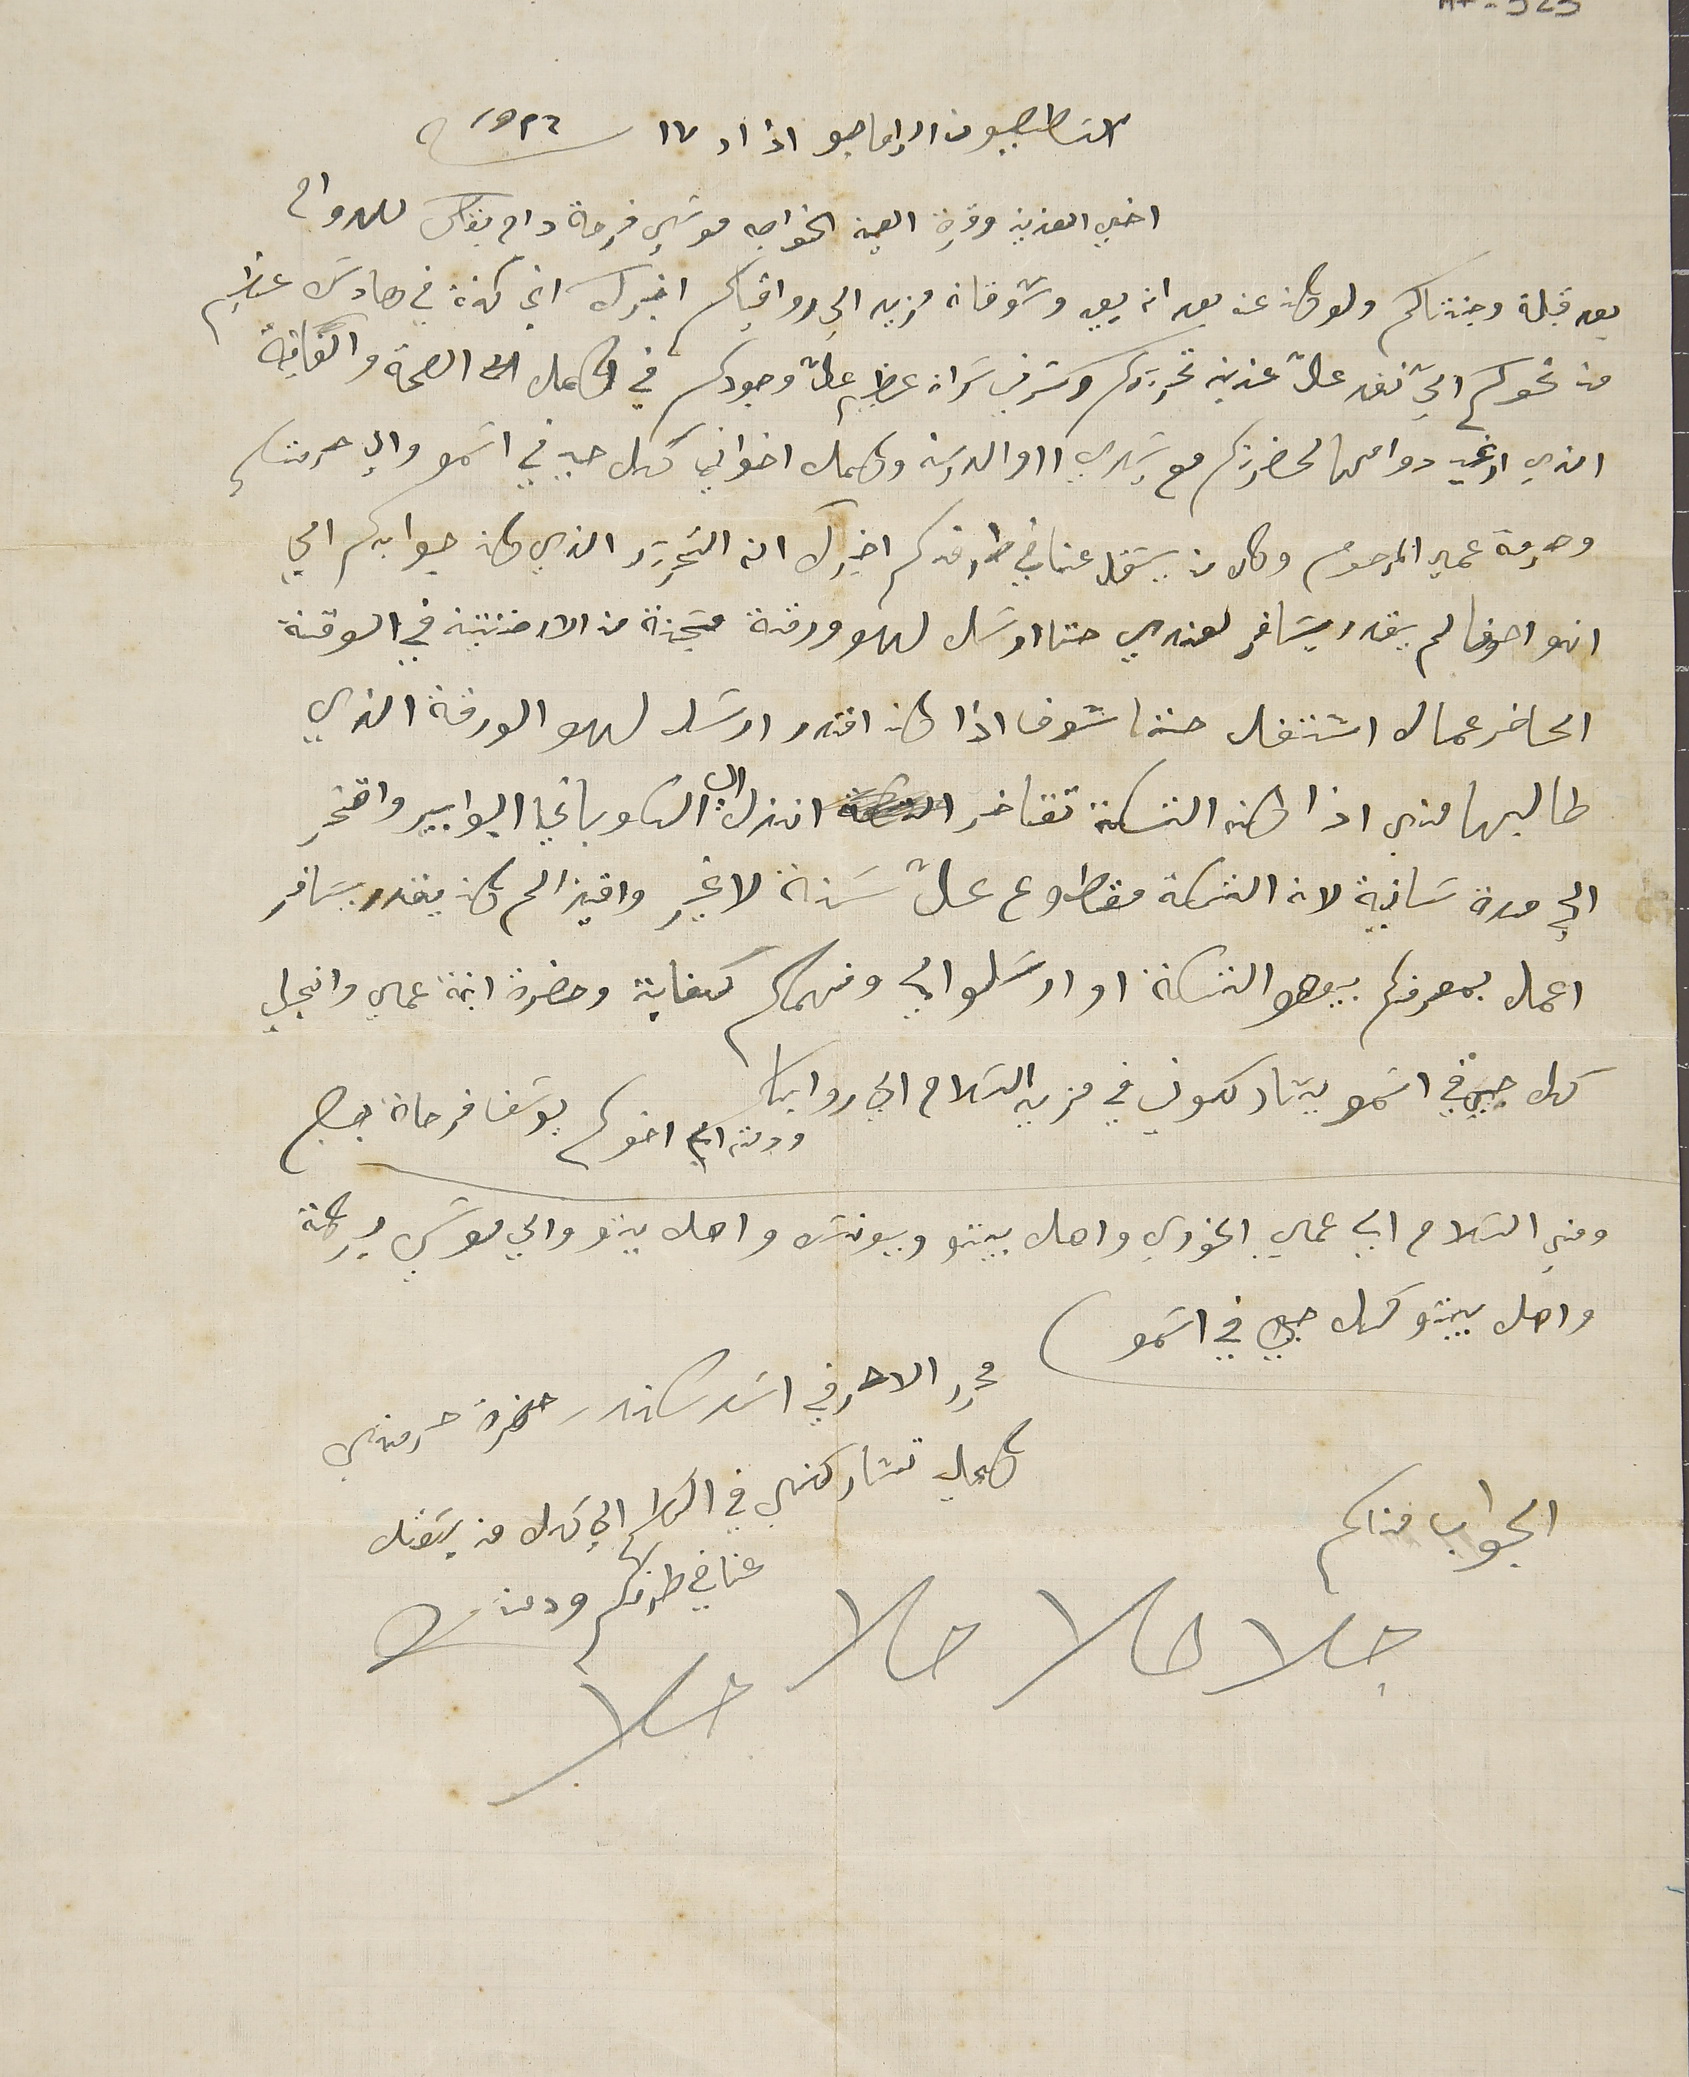
اسَطصيون الإماجو اذار ١٧ سنة ١٩٢٦
اخي العزيز وقرة العين الخواجه موسَي فرحة دام بقاك للدوام
بعد قبلة وجنتاكم ولو كان عن بعد ان يعيد وشوقان مزيد الي رواقياكم اخبرك اني كنة في هادسَ عظيم
من نحوكم التي نفد عالت عزيز تحريركم وكتر في سَراه عظيم عالت وجودكم في كامل الصحة والعافية
الذي ارغب دوامها لحضرتكم مع سَيدي ااوالدين وكامل اخواني كل حي في اسَمو وإلى حرمتكم
وحرمة عمي المرحوم وكل من يسَقل عنا في طرفكم اخبرك ان التحرير الذي كان جوابكم الي
انو احونا لم يقدر يسَافر لعندي حتى ارسَل لهو ورقة مسَجنة من الارخنتينه في الوقة
الحاضر عمال اشتغل حتا شوف اذا كان اقتدر ارسَل لهو الورقة الذي
طالبها مني اذا كان التسكة تتاخر انزل الى الكوباني البوابير واقدر
الي مرة تانية لان التسكة مقطوع عالت سَنة لا غير واخينا لم يكن يقدر يسَافر
اعمل بمعرفكم بيعطو التسكة او ارسَلو الي وفهمكم كفاية وحضرة ابنة عمي وانجيل
كل حيي في اسَمو يشاركون في مزيد السَلام الى رواياكم
ومني السَلام الي عمي الخوري واهل بيتو وبيونسَ واهل بيتو والي موسَي بركة
واهل بيتو كل حيي في اسَمو)
محرر الاحرفي اسَد سكندر حضرة حرمتهي
كحيل تشاركني في السَلام الي كل من يسَقل
الجواب مناكم
عنا في طرفكم ودمنا
جالا حالا حالا حالا
ودمتم الى اخوكم يوسَف فرحاة